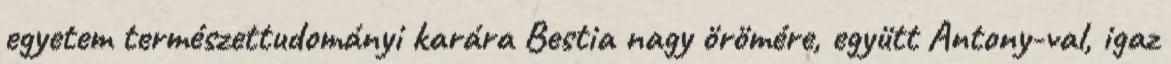
egyetem természettudományi karára Bestia nagy örömére, együtt Antony-val, igaz